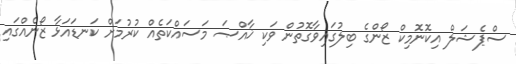
ސްޕެޝަލް އިކޮނޮމިކް ޒޯންގެ ބިލުގައިވާގޮތުން ވަކި ޚާއްޞަ މަސައްކަތެއް ކުރުމަށް ކަނޑައަޅާ ޒޯނެއްގައި